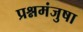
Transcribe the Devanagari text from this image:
प्रश्नमंजुषा